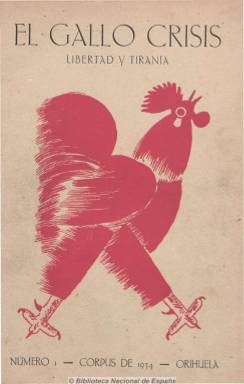
Título: El Gallo crisis (Orihuela)
Colección: Literatura || Religión
Ámbito geográfico: Alicante
Lugar de publicación: Orihuela [Alicante]
Fechas: 01/01/1934-31/12/1935

Se trata de la revista literario-católica dirigida por Ramón Sijé (193-1935), cuyo verdadero nombre fue José Ramón Marín Gutiérrez, en la que colaboró con composiciones en verso el poeta Miguel Hernández (1910-1942). Su colección fue adquirida por Patrimonio para la Biblioteca Nacional, y consta de seis números, los dos últimos dobles. El número 1, de 36 páginas; el 2, de 40; el 3-4, de 40, y el 5-6, de 56 páginas, incluyendo las cuatro de cada cubierta. Sin embargo no incluye la separata Suma amarilla, con el índice de materias y autores, de cuatro páginas.

Editada en Orihuela e impresa en Murcia por la Editorial La Verdad, lleva por subtítulo “libertad y tiranía’. Fue reeditada en facsímil por el Ayuntamiento de esta ciudad en 1973 y 1975, prologada por José Muñoz Garrigós (1944-1998), aunque en la primera reedición se le censuró la mitad inferior de la página 25 del número 1, referente a un comentario sobre Fascismo y Falange.

Fue obra de una minoría o élite intelectual oriolana de marcado carácter católico-falangista de jóvenes y no tan jóvenes encabezada por Sijé, cantado por Hernández en su célebre ‘Elegía’. Su secretario fue el abogado falangista Juan Bellod Salmerón (1912-1970), y en su consejo de redacción estuvieron el padre y catedrático de Literatura Jesús Manuel Alda Tesán, el capuchino Fray Buenaventura de Puzol (1897-1936) -su nombre era Julio Esteve Flors-, el catedrático de Filosofía y también religioso Juan Colom, el abogado Tomás López Galindo y el notario José María Quílez y Sanz, que fue quien financió esta efímera y singular revista. Las viñetas son obra de Francisco Die. De ella llegaría a decir José Bergamín (1897-1983) que era como un “tumor provinciano” que le había salido a Cruz y raya, la revista literaria que él dirigía.

Contiene composiciones en versos, artículos doctrinales de marcado carácter religioso y literario, así como comentarios a la vida literaria, poética y política de los dos años precedentes a la guerra civil española. En ella aparecen colaboraciones de Luis Rosales (1910-1992), Luis Felipe Vivanco (1907-1975) y del también poeta Félix Ros Cebrián (1912-1974).